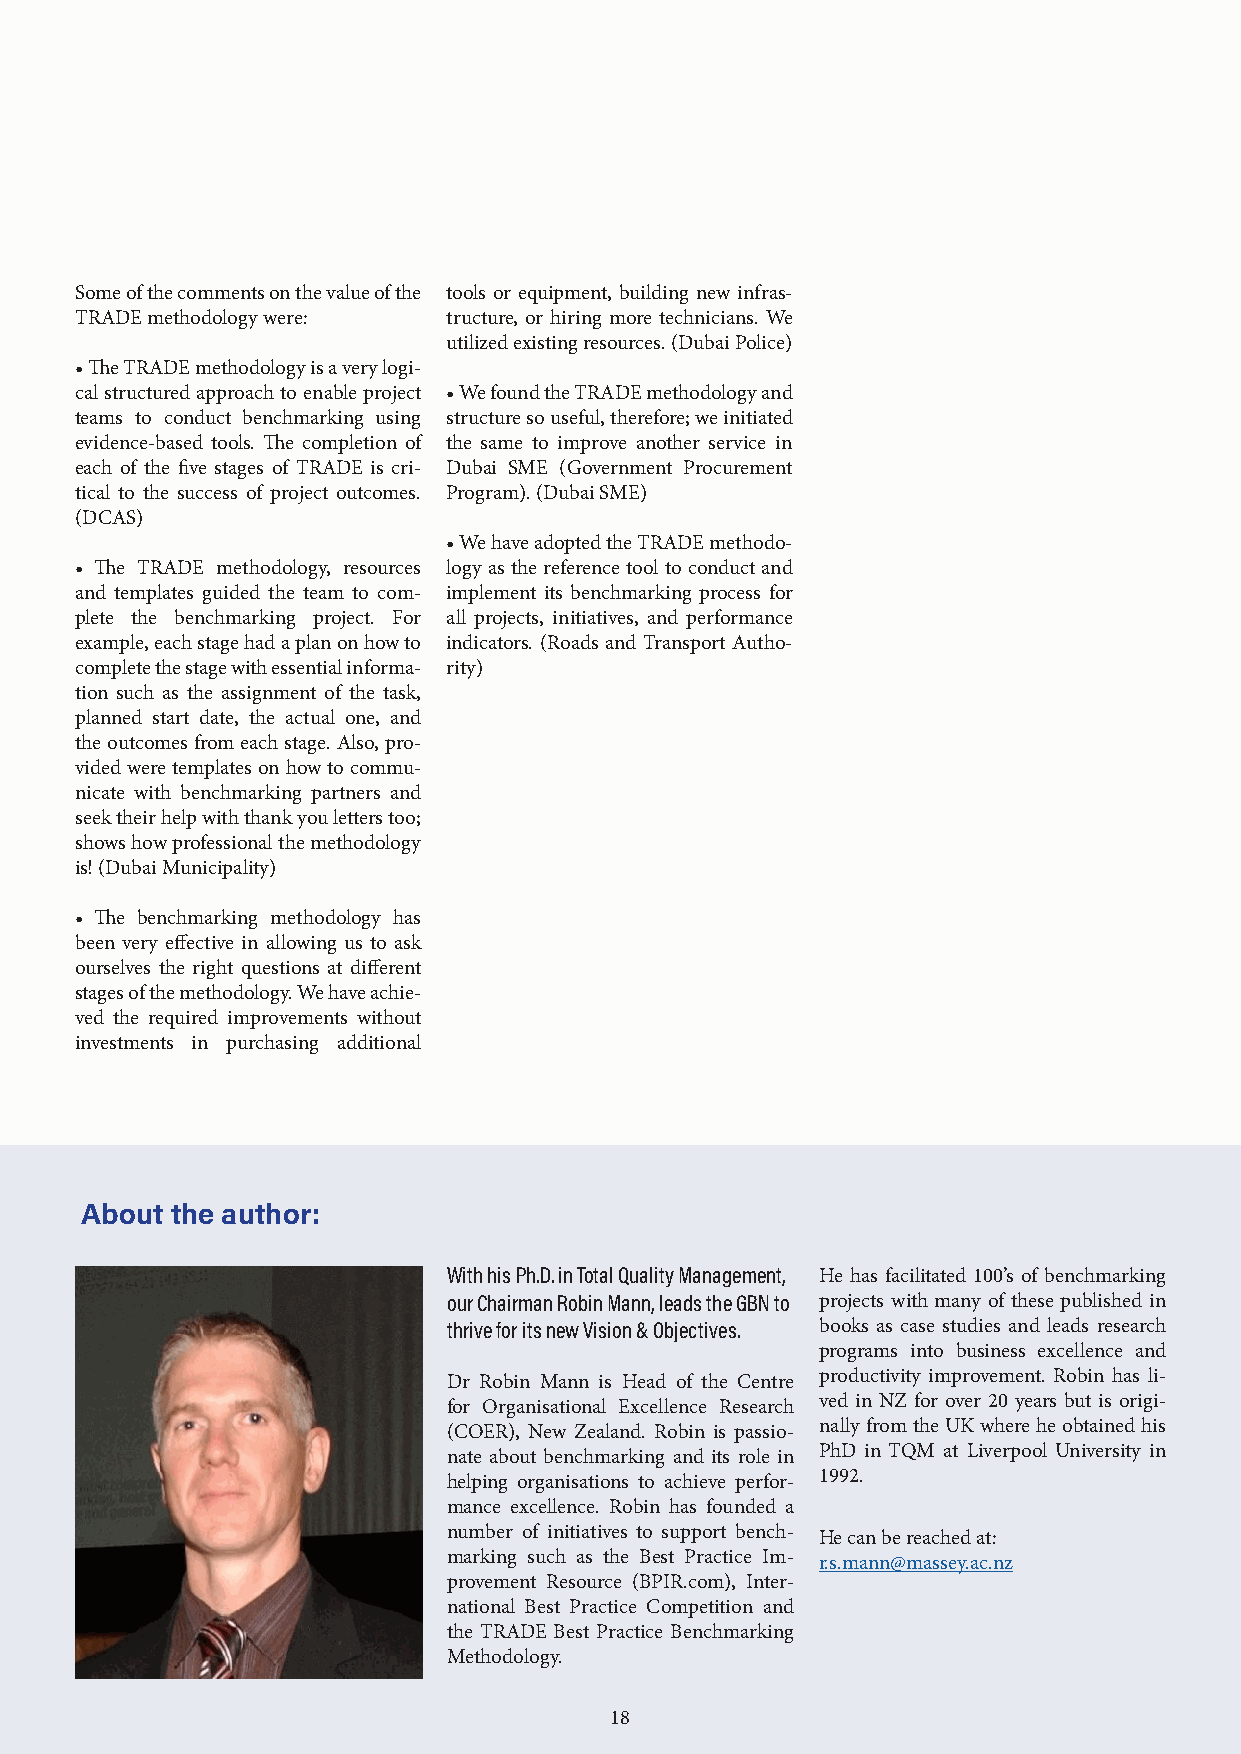
Some of the comments on the value of the tools or equipment, building new infras-
 TRADE methodology were:  tructure, or hiring more technicians. We
 utilized existing resources. (Dubai Police)
 • The TRADE methodology is a very logi-
 cal structured approach to enable project • We found the TRADE methodology and
 teams to conduct benchmarking using structure so useful, therefore; we initiated
 evidence-based tools. The completion of the same to improve another service in
 each of the five stages of TRADE is cri- Dubai SME (Government Procurement
 tical to the success of project outcomes. Program). (Dubai SME)
 (DCAS)
 • We have adopted the TRADE methodo-
 • The TRADE methodology, resources logy as the reference tool to conduct and
 and templates guided the team to com- implement its benchmarking process for
 plete the benchmarking project. For all projects, initiatives, and performance
 example, each stage had a plan on how to indicators. (Roads and Transport Autho-
 complete the stage with essential informa- rity)
 tion such as the assignment of the task,
 planned start date, the actual one, and
 the outcomes from each stage. Also, pro-
 vided were templates on how to commu-
 nicate with benchmarking partners and
 seek their help with thank you letters too;
 shows how professional the methodology
 is! (Dubai Municipality)
 • The benchmarking methodology has
 been very effective in allowing us to ask
 ourselves the right questions at different
 stages of the methodology. We have achie-
 ved the required improvements without
 investments in purchasing additional
 About the author:
 With his Ph.D. in Total Quality Management, He has facilitated 100’s of benchmarking
 our Chairman Robin Mann, leads the GBN to projects with many of these published in
 thrive for its new Vision & Objectives. books as case studies and leads research
 programs into business excellence and
 productivity improvement. Robin has li-
 Dr Robin Mann is Head of the Centre
 ved in NZ for over 20 years but is origi-
 for Organisational Excellence Research
 nally from the UK where he obtained his
 (COER), New Zealand. Robin is passio-
 PhD in TQM at Liverpool University in
 nate about benchmarking and its role in
 1992.
 helping organisations to achieve perfor-
 mance excellence. Robin has founded a
 number of initiatives to support bench- He can be reached at:
 marking such as the Best Practice Im- r.s.mann@massey.ac.nz
 provement Resource (BPIR.com), Inter-
 national Best Practice Competition and
 the TRADE Best Practice Benchmarking
 Methodology.
 18